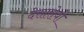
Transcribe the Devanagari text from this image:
देसारोयो